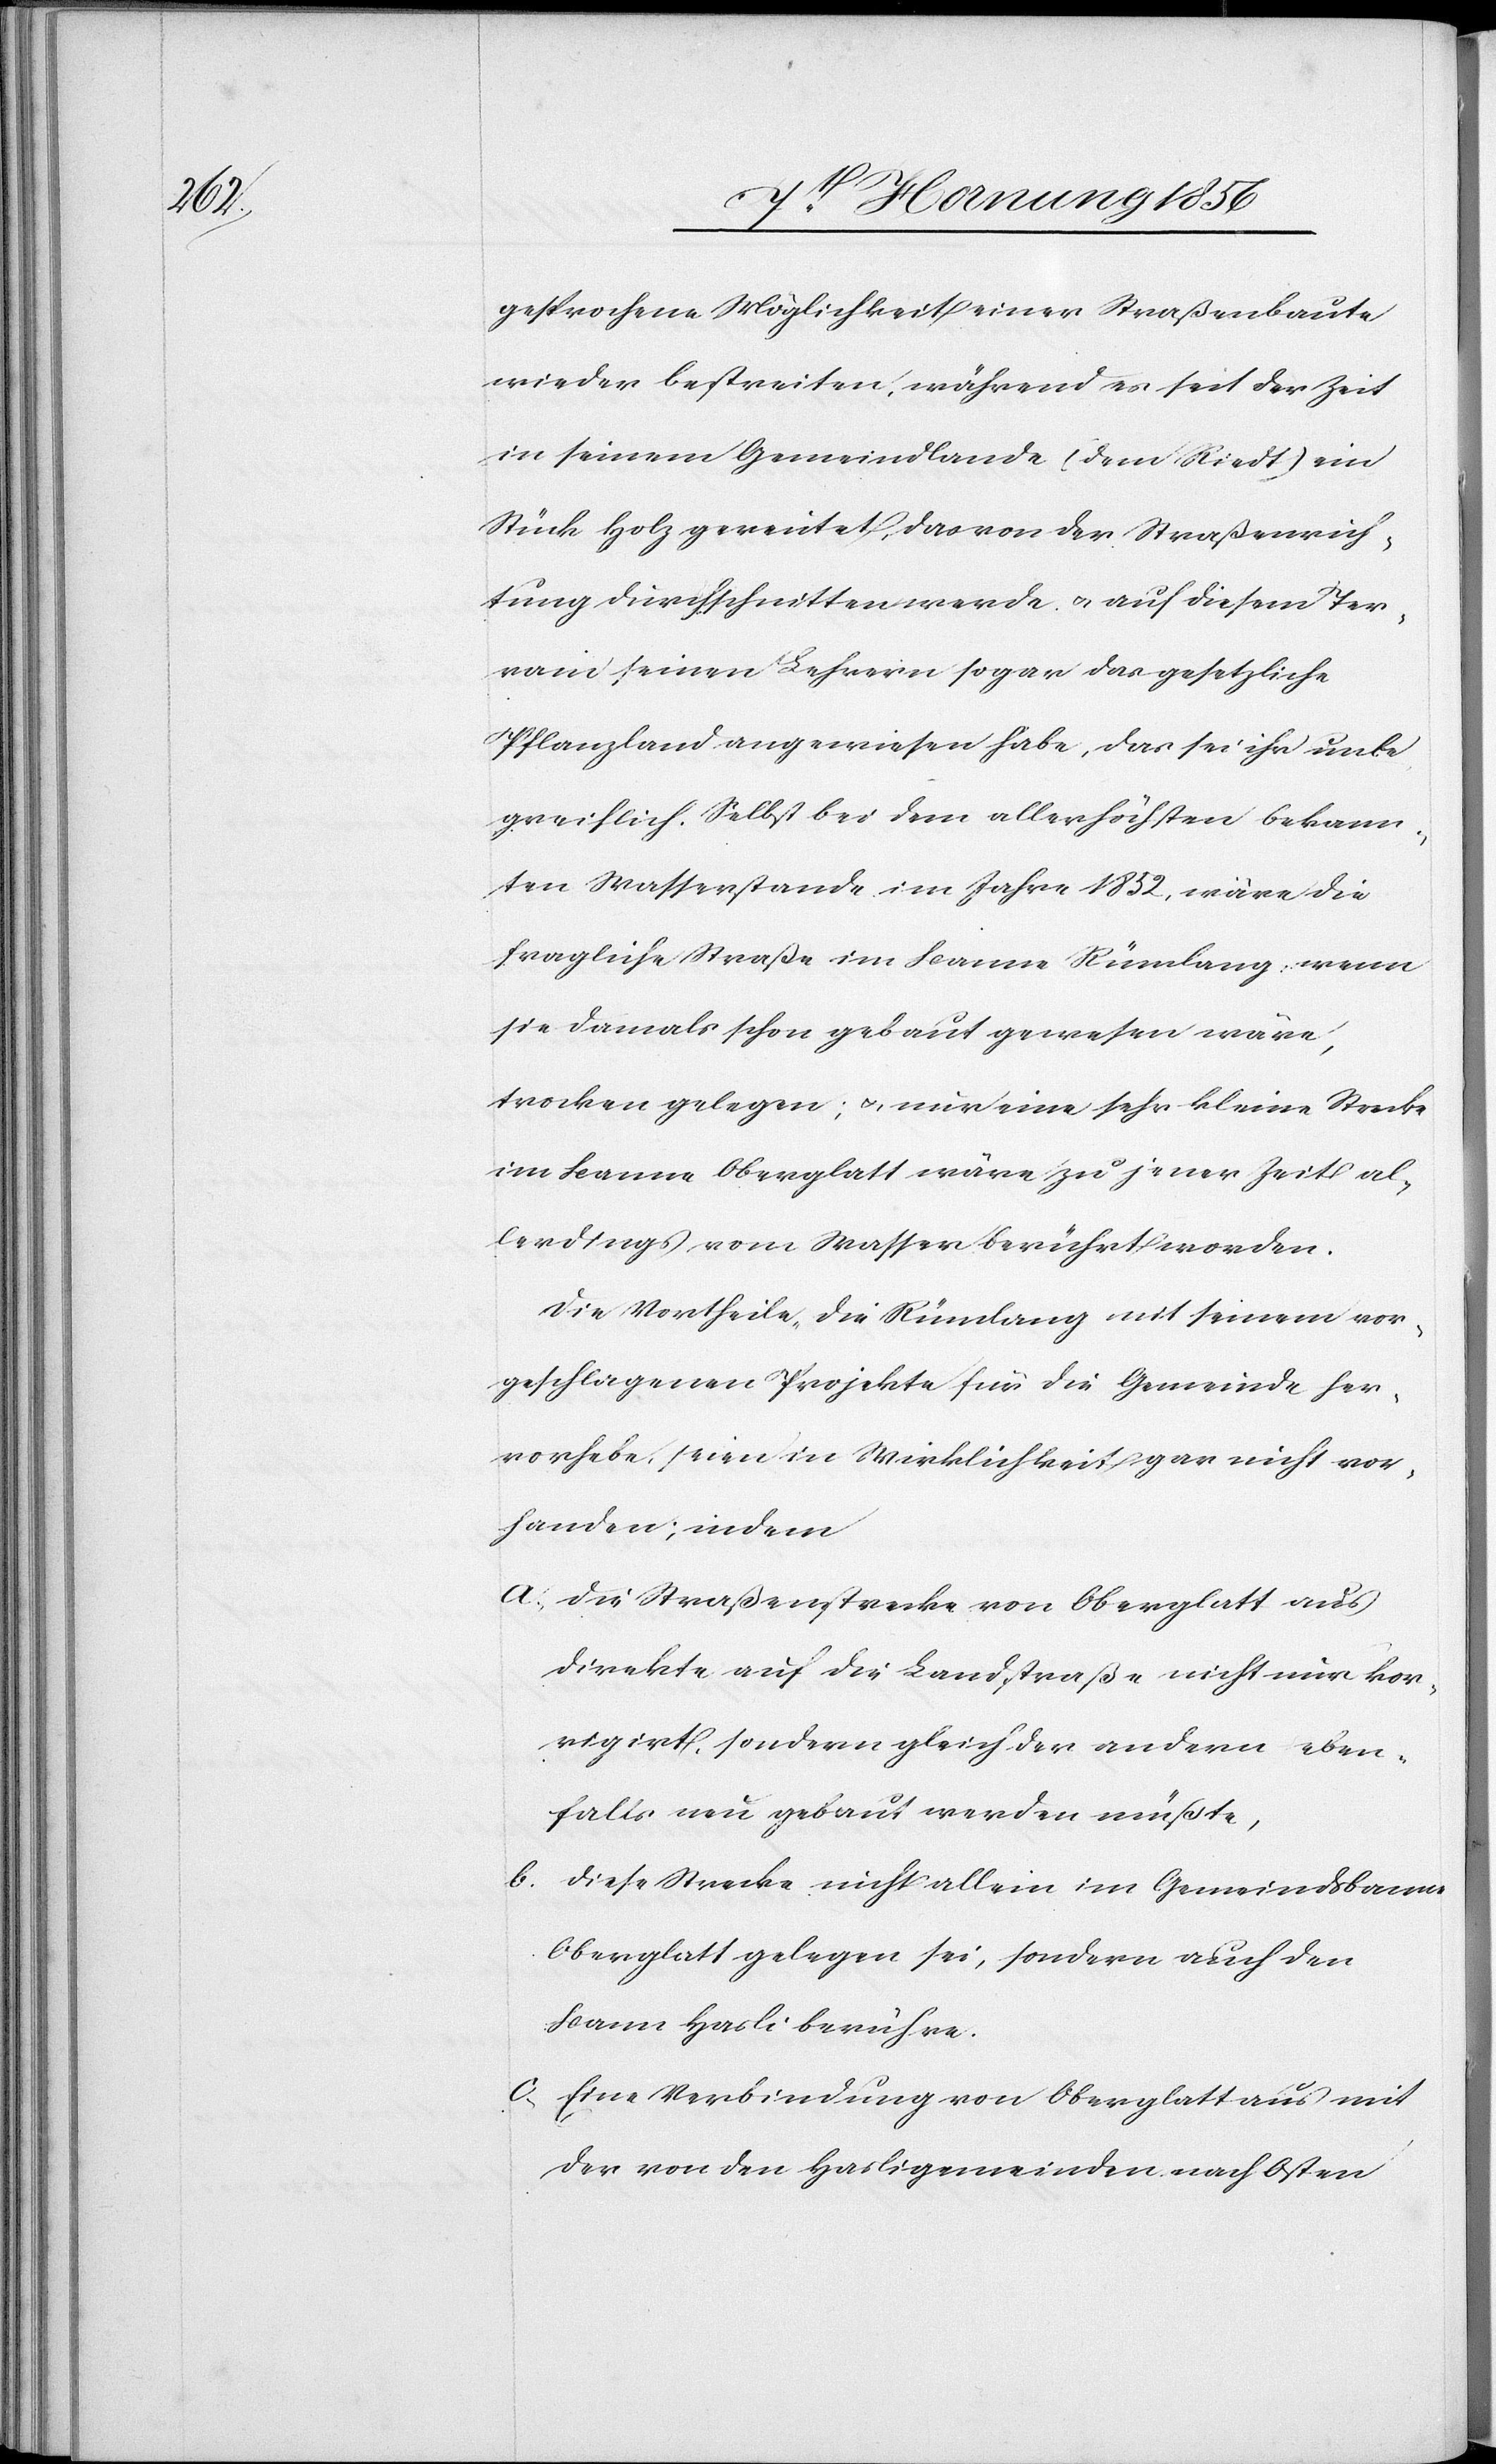
gesprochene Möglichkeit einer Straßenbaute
wieder bestreiten, während es seit der Zeit
in seinem Gemeindlande (dem Riedt) ein
Stück Holz gereutet, das von der Straßenrich¬
tung durchschnitten werde u. auf diesem Ter¬
rain seinen Lehrern sogar das gesetzliche
Pflanzland angewiesen habe, das sei ihr unbe¬
greiflich. Selbst bei dem allerhöchsten bekann¬
ten Wasserstande im Jahre 1852, wäre die
fragliche Straße im Banne Rümlang, wenn
sie damals schon gebaut gewesen wäre,
trocken gelegen; u. nur eine sehr kleine Strecke
im Banne Oberglatt wäre zu jener Zeit al¬
lerdings vom Wasser berührt worden.
Die Vortheile, die Rümlang mit seinem vor¬
geschlagenen Projekte für die Gemeinde her¬
vorhebe, seien in Wirklichkeit gar nicht vor¬
handen; indem
a., Die Straßenstrecke von Oberglatt aus
direkte auf die Landstraße nicht nur kor¬
rigirt, sondern gleich der andern eben¬
falls neu gebaut werden müßte,
b. Diese Strecke nicht allein im Gemeindsbanne
Oberglatt gelegen sei, sondern auch den
c., Eine Verbindung von Oberglatt aus mit
der von den Hasligemeinden nach Osten